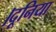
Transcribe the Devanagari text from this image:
।दूनिया